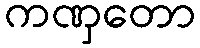
ကဏှတော